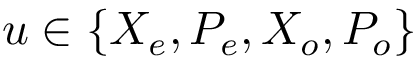
u \in \{ X _ { e } , P _ { e } , X _ { o } , P _ { o } \}